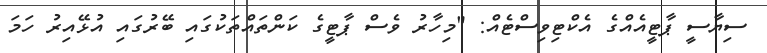
ސިޔާސީ ޕާޓީއެއްގެ އެކްޓިވިސްޓެއް: "މިހާރު ވެސް ޕާޓީގެ ކަންތައްތަކުގައި ބޭރުގައި އުޅޭއިރު ހަމަ